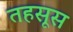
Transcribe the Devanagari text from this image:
तहसूस